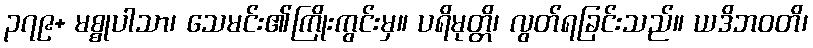
၃၇၉+ မစ္စုပါသာ၊ သေမင်း၏ကြိုးကွင်းမှ။ ပရိမုတ္တိ၊ လွတ်ရခြင်းသည်။ ယဒိဘဝတိ၊